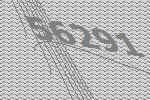
56291